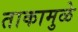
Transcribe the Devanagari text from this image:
ताकामुळे